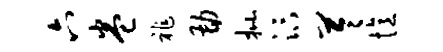
六卷祚勘批汴苓忆